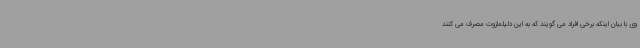
وی با بیان اینکه برخی افراد می گویند که به این دلیلمازوت مصرف می کنند